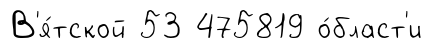
В'я́тской 53 475819 о́бласт'и